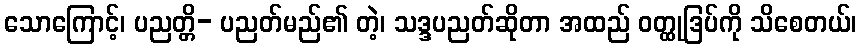
သောကြောင့်၊ ပညတ္တိ- ပညတ်မည်၏ တဲ့၊ သဒ္ဒပညတ်ဆိုတာ အထည် ဝတ္ထုဒြပ်ကို သိစေတယ်၊